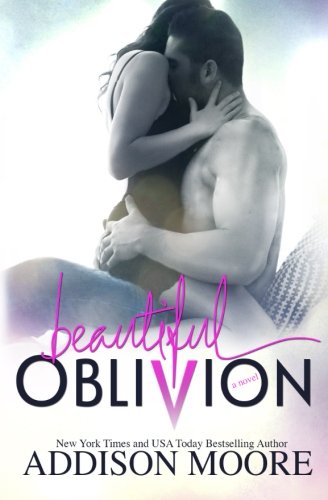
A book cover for Beautiful Oblivion; Addison Moore; Literature & Fiction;